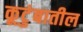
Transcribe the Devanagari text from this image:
कूटुंबातील